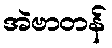
အဲဗာတန်